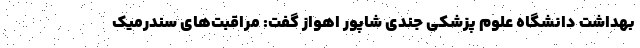
بهداشت دانشگاه علوم پزشکی جندی شاپور اهواز گفت: مراقبت‌های سندرمیک